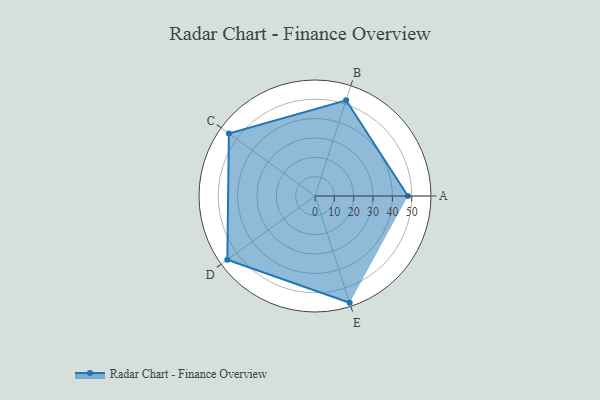
{"axis": {"x": "Skill", "y": "Score"}, "legend": ["Profile"], "data": [{"x": "A", "y": 48.0, "type": "Profile"}, {"x": "B", "y": 52.0, "type": "Profile"}, {"x": "C", "y": 55.0, "type": "Profile"}, {"x": "D", "y": 56.0, "type": "Profile"}, {"x": "E", "y": 58.0, "type": "Profile"}]}